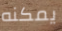
يمكنه